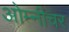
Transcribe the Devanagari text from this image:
ओम्नीचर